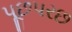
પૂછપરછ